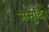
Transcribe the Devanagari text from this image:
समुंदि